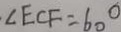
\angle E C F = 6 0 ^ { \circ }